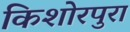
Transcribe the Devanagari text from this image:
किशोरपुरा